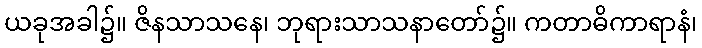
ယခုအခါ၌။ ဇိနသာသနေ၊ ဘုရားသာသနာတော်၌။ ကတာဓိကာရာနံ၊